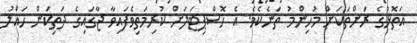
އަތޮޅުގެ ރަށްތަކަށް މުހިންމު ތަނެކެވެ. އެ ހޮސްޕިޓަލަށް ކުރިމަތިވެފައިވާ ޖާގައިގެ ދަތިކަން ހައްލު